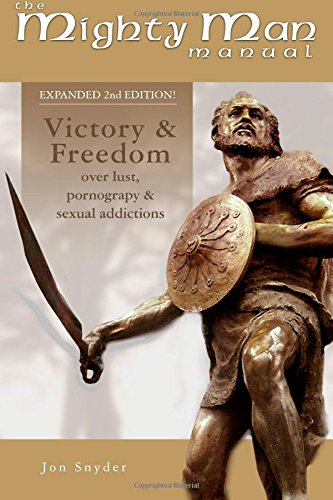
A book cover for Mighty Man Manual, 2nd Edition: Victory and Freedom From Lust and Pornographic Addiction; Jon Snyder; Health, Fitness & Dieting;